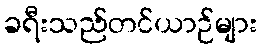
ခရီးသည်တင်ယာဉ်များ